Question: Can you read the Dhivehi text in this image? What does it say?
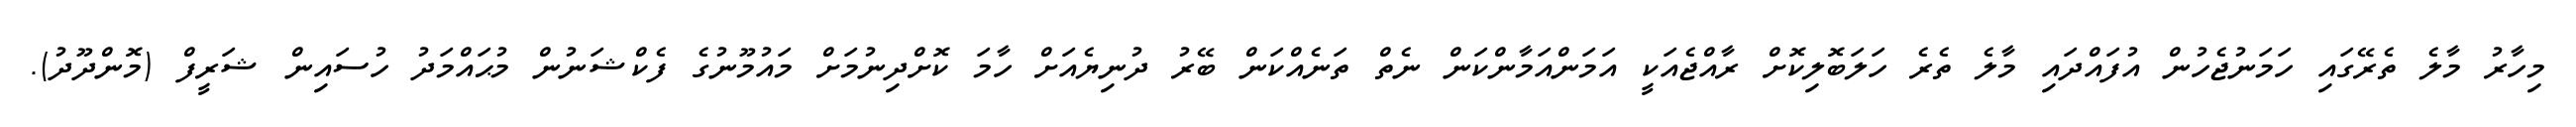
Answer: މިހާރު މާލެ ތެރޭގައި ހަމަނުޖެހުން އުފައްދައި މާލެ ތެރެ ހަލަބޮލިކޮށް ރާއްޖެއަކީ އަމަންއަމާންކަން ނެތް ތަނެއްކަން ބޭރު ދުނިޔެއަށް ހާމަ ކޮށްދިނުމަށް މައުމޫނުގެ ފެކްޝަނުން މުޙައްމަދު ހުސައިން ޝަރީފް (މޮންދޫދު).